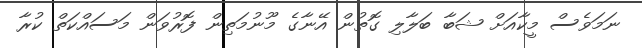
ނަމަވެސް މީކާއަށް ޝަބާ ބަލާލި ގޮތުން އޭނާގެ މޫނުމަތިން ފޮރުވަން މަސައްކަތް ކުރާ